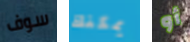
سوف يمكنك أو